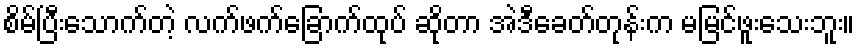
စိမ်ပြီးသောက်တဲ့ လက်ဖက်ခြောက်ထုပ် ဆိုတာ အဲဒီခေတ်တုန်းက မမြင်ဖူးသေးဘူး။